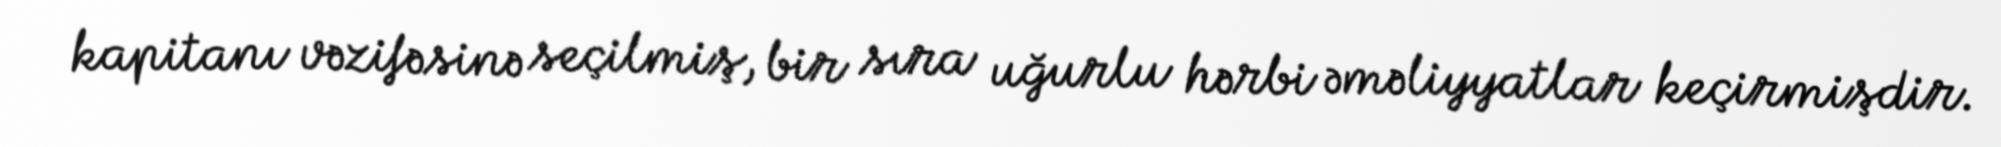
kapitanı vəzifəsinə seçilmiş, bir sıra uğurlu hərbi əməliyyatlar keçirmişdir.